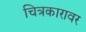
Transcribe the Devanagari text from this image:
चित्रकारावर